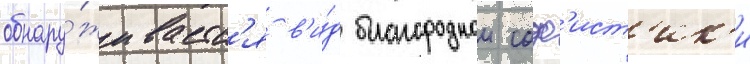
обнару́живаетс'я в'и́д благороднои соф'ист'ик'и